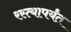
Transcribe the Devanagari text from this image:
रस्त्यापर्यंत